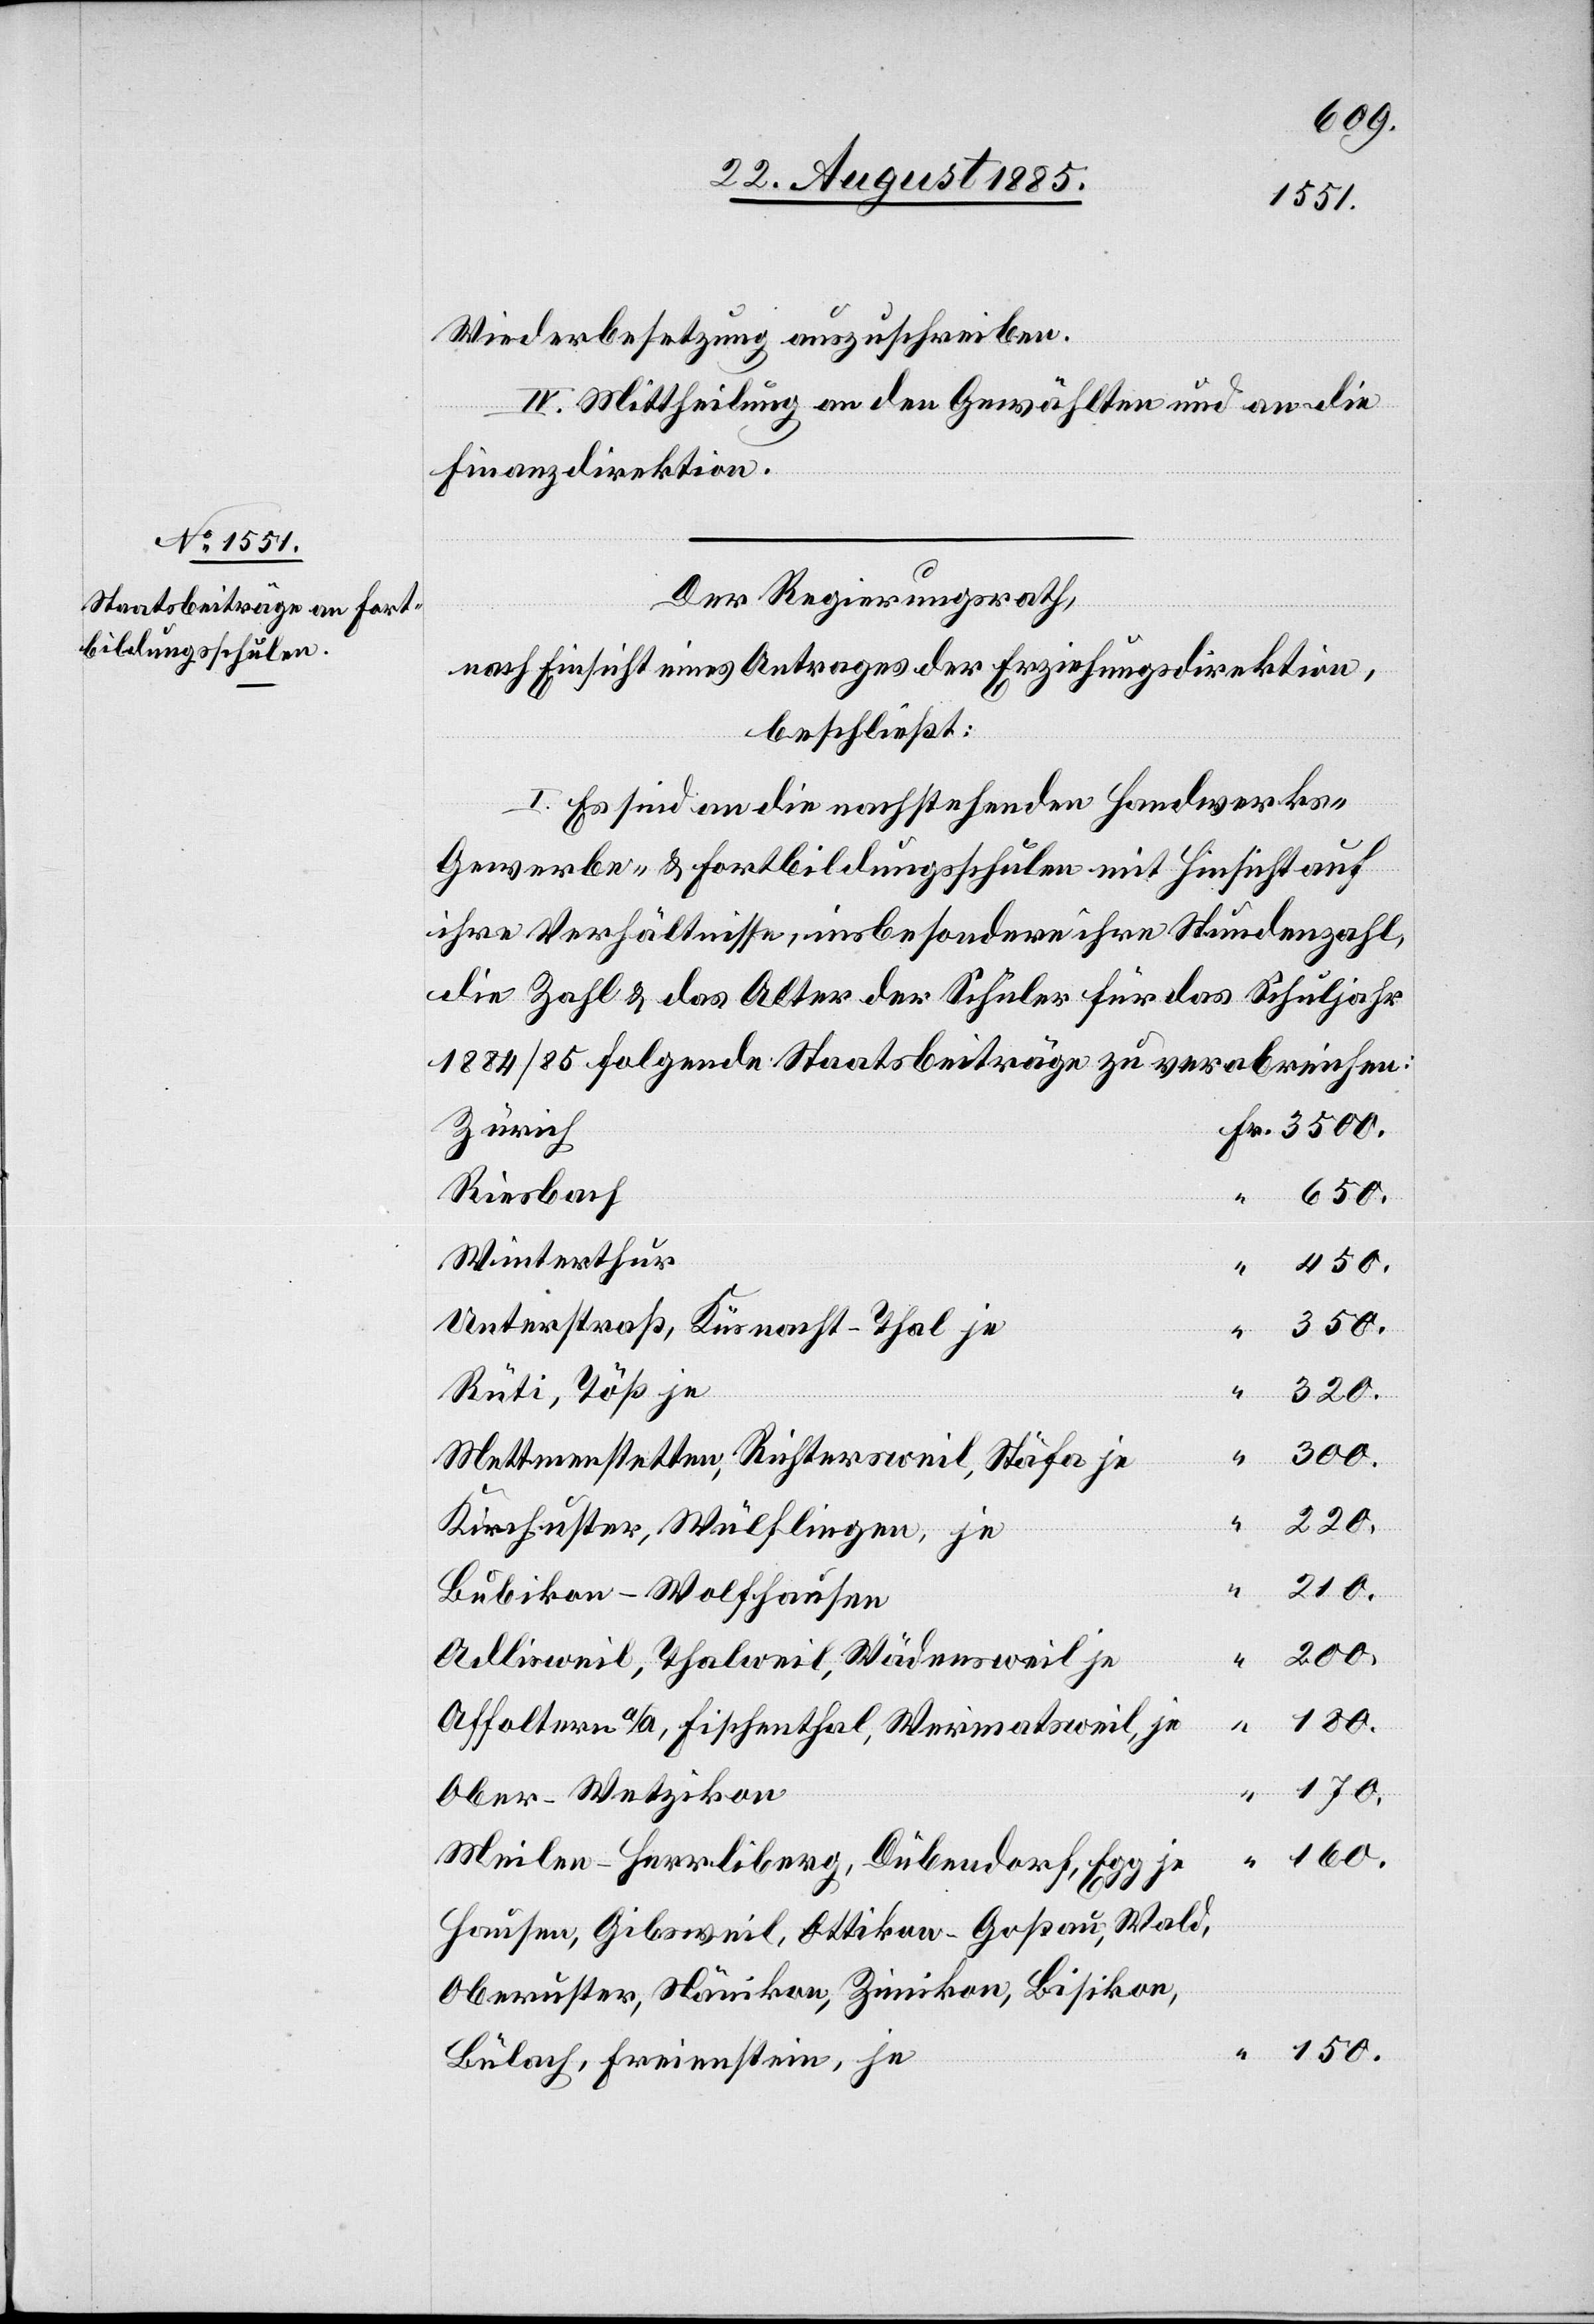
Wiederbesetzung auszuschreiben.
IV. Mittheilung an den Gewählten und an die
Finanzdirektion.
160.
Der Regierungsrath,
nach Einsicht eines Antrages der Erziehungsdirektion,
beschließt:
I. Es sind an die nachstehenden Handwerks-[,]
Gewerbe- & Fortbildungsschulen mit Hinsicht auf
ihre Verhältnisse, insbesondere ihre Stundenzahl
die Zahl & das Alter der Schüler für das Schuljahr
1884/85 folgende Staatsbeiträge zu verabreichen:
Zürich
Riesbach
Winterthur
150.
Unterstraß, Küsnacht-Thal je
350.
Rüti, Töß je
320.
300.
Mettmenstetten, Richtersweil, Stäfa je
220.
Kirchuster, Wülflingen, je
Bubikon-Wolfhausen
200.
Adlisweil, Thalweil, Wädensweil je
Affoltern a/A, Fischenthal, Wermatsweil je
Ober-Wetzikon
Meilen-Herrliberg, Dübendorf, Egg je
Hausen, Gibsweil, Ottikon-Goßau, Wald,
Oberuster, Nänikon, Zimikon, Bisikon,
Bülach, Freienstein, je